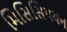
મિસિસિપયન